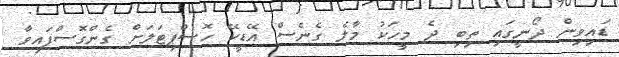
ޑައިވިން ދޯނީގައި ތިބި ދެ މީހަކު މާލެ ގެނެސް އޭޑީކޭ ހޮސްޕިޓަލަށް ގެންގޮސްފައިވާ